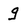
Character: g